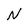
Character: N